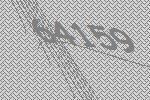
64159